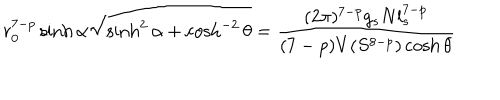
LaTeX: r _ { 0 } ^ { 7 - p } \sinh \alpha \sqrt { \sinh ^ { 2 } \alpha + \cosh ^ { - 2 } \theta } = \frac { ( 2 \pi ) ^ { 7 - p } g _ { s } N l _ { s } ^ { 7 - p } } { ( 7 - p ) V ( S ^ { 8 - p } ) \cosh \theta }